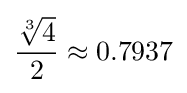
{\frac {\sqrt[{3}]{4}}{2}}\approx 0.7937